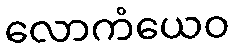
လောကံယေဝ